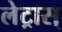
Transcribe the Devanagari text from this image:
लेट्रास्